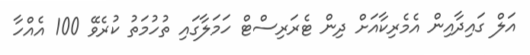
އަލް ގައިދާއިން އެމެރިކާއަށް ދިން ޓެރަރިސްޓް ހަމަލާގައި ތުހުމަތު ކުރެވޭ 100 އެއްހާ